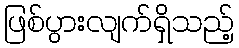
ဖြစ်ပွားလျက်ရှိသည့်